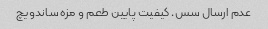
عدم ارسال سس. کیفیت پایین طعم و مزه ساندویچ